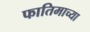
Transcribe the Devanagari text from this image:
फातिमाच्या